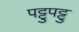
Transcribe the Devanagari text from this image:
पट्टुपट्टु